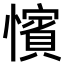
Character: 𢣐